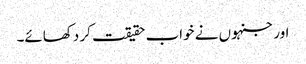
اور جنہوں نے خواب حقیقت کر دکھائے۔